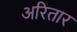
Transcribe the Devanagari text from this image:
अरितार